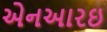
એનઆરઇ